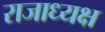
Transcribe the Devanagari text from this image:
राजाध्‍यक्ष